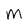
Character: M